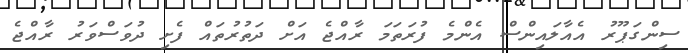
ސިންގަޕޫރު އެއާލައިންސް އެންމެ ފުރަތަމަ ރާއްޖެ އަށް ދަތުރުތައް ފެށި ދުވަސްވަރު ރާއްޖެ